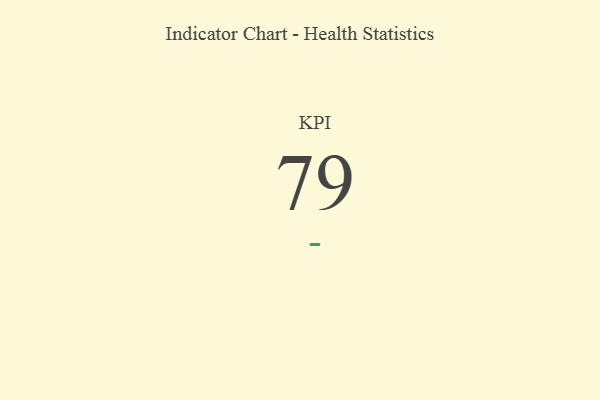
{"axis": {"x": "KPI", "y": "Value"}, "legend": [""], "data": [{"x": "KPI", "y": 79, "type": ""}]}